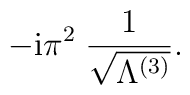
-\mbox{i} \pi^2 \;\frac{1}{\sqrt{\Lambda^{(3)}}} .